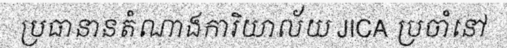
ប្រធានានតំណាងការិយាល័យ JICA ប្រចាំនៅ